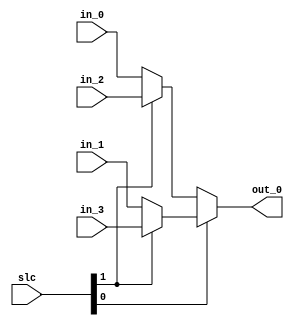
`timescale 1ns / 1ps
// moduleName: MUX4L_32
module MUX4L_32(
  input [1:0] slc,
  input [31:0] in_0,
  input [31:0] in_1,
  input [31:0] in_2,
  input [31:0] in_3,
  output [31:0] out_0
    );

	assign out_0 = slc[0] ? (slc[1] ? in_3 : in_1) : (slc[1] ? in_2 : in_0);
endmodule